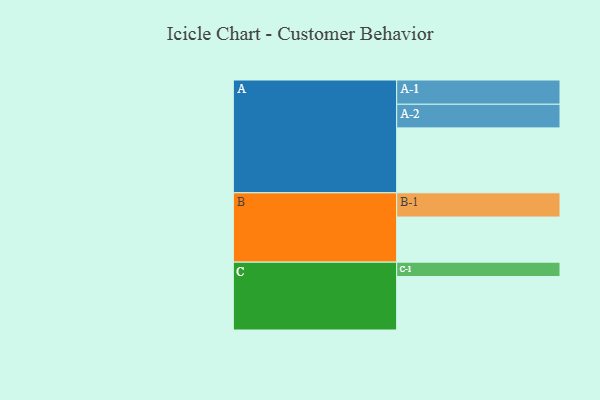
{"axis": {"x": "Segment", "y": "Value"}, "legend": ["", "A", "B", "C"], "data": [{"x": "A", "y": 560, "type": ""}, {"x": "B", "y": 389, "type": ""}, {"x": "C", "y": 461, "type": ""}, {"x": "A-1", "y": 209, "type": "A"}, {"x": "A-2", "y": 204, "type": "A"}, {"x": "B-1", "y": 209, "type": "B"}, {"x": "C-1", "y": 124, "type": "C"}]}